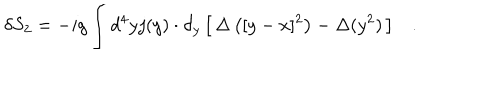
\delta S _ { 2 } = - i g \int d ^ { 4 } y j ( y ) \cdot \partial _ { y } \left[ \, \Delta \left( [ y - x ] ^ { 2 } \right) - \Delta ( y ^ { 2 } ) \, \right] .